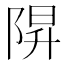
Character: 𨺒